Lunatic asylums Punjab 1911-1921 - 1911-1921
Year: 1911
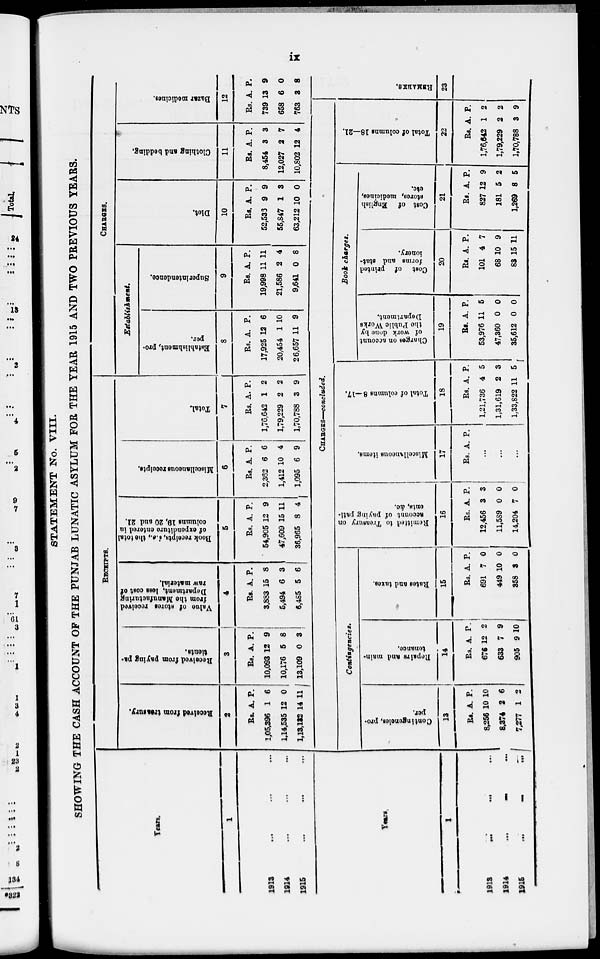
ix
STATEMENT No. VIII.
SHOWING THE CASH ACCOUNT OF THE PUNJAB LUNATIC ASYLUM FOR THE YEAR 1915 AND TWO PREVIOUS YEARS.
Years.
1
1913 ... ... ...
1914 ... ... ...
1915 ... ... ...
RECEIPTS.
Received
from treasury.
2
Rs.
1,05,396
1,14,535
1,13,132
A.
1
12
14
P.
6
0
11
Received
from paying pa-
tients.
3
Rs.
10,093
10,176
13,109
A.
12
5
0
P.
9
8
3
Value of stores received
from the Manufacturing
Department,
less cost of
raw material.
4
Rs.
3,883
5,494
6,485
A.
15
6
5
P.
8
3
6
Book receipts, i.e., the total
of expenditure entered in
columns 19, 20 and 21.
5
Rs.
54,905
47,609
36,965
A.
12
15
8
P.
9
11
4
Miscellaneous receipts.
6
Rs.
2,362
1,412
1,095
A.
6
10
6
P.
6
4
9
Total.
7
Rs.
1,76,642
1,79,229
1,70,788
A.
1
2
3
P.
2
2
9
CHARGES.
Establishment.
Establishment, pro-
per.
8
Rs.
17,925
20,454
26,657
A.
12
1
11
P.
6
10
9
Superintendence.
9
Rs.
19,998
21,586
9,641
A.
11
2
0
P.
11
4
8
Diet.
10
Rs.
52,536
55,847
63,212
A.
9
1
10
P.
9
3
0
Clothing and bedding.
11
Rs.
8,454
12,027
10,802
A.
3
2
12
P.
3
7
4
Bazar medicines.
12
Rs.
739
658
763
A.
13
6
3
P.
9
0
8
Years
1
1913 ... ... ...
1914 ... ... ...
1915 ... ... ...
CHARGES—concluded.
Contingencies.
Contingencies, pro-
per.
13
Rs.
8,256
8,374
7,277
A.
10
2
1
P.
10
6
2
Repairs And main-
tenance.
14
Rs.
676
633
905
A.
12
7
9
P.
2
9
10
Rates and taxes.
15
Rs.
691
449
353
A.
7
10
3
P.
0
0
0
Remitted to Treasury on
account of paying pati-
ents, &c.
16
Rs.
12,456
11,589
14,204
A.
3
0
7
P.
3
0
0
Miscellaneous items.
17
Rs. A. P.
...
...
...
Total of columns 8—17.
18
Rs.
1,21,736
1,31,619
1,33,822
A.
4
2
11
P.
5
3
5
Book charges.
Charges on account
of work done by
the
Public Works
Department.
19
Rs.
53,976
47,360
35,612
A.
11
0
0
P.
5
0
0
Cost of printed
forms and stat-
ionery.
20
Rs.
101
68
83
A.
4
10
15
P.
7
9
11
Cost of English
stores, medicines,
etc.
21
Rs.
827
181
1,269
A.
12
5
8
P.
9
2
5
Total of columns 18—21.
22
Rs.
1,76,642
1,79,229
1,70,788
A.
1
2
3
P.
2
2
9
REMARKS.
23